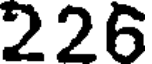
226